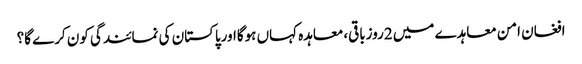
افغان امن معاہدے میں 2روزباقی،معاہدہ کہاں ہوگااورپاکستان کی نمائندگی کون کرے گا؟